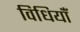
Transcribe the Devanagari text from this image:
विधियाँं